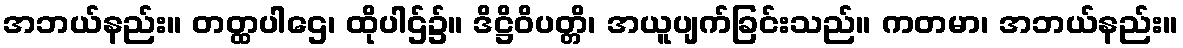
အဘယ်နည်း။ တတ္ထပါဌေ၊ ထိုပါဌ်၌။ ဒိဋ္ဌိဝိပတ္တိ၊ အယူပျက်ခြင်းသည်။ ကတမာ၊ အဘယ်နည်း။